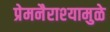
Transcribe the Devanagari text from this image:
प्रेमनैराश्‍यामुळे